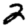
Digit: 2